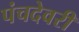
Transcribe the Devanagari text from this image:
पंचदेवरी